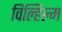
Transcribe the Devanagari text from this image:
विल्हिल्म